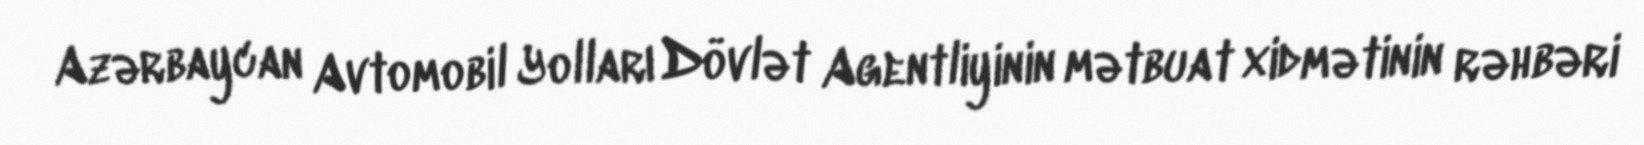
Azərbaycan Avtomobil Yolları Dövlət Agentliyinin mətbuat xidmətinin rəhbəri